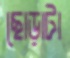
ছোড়াটা